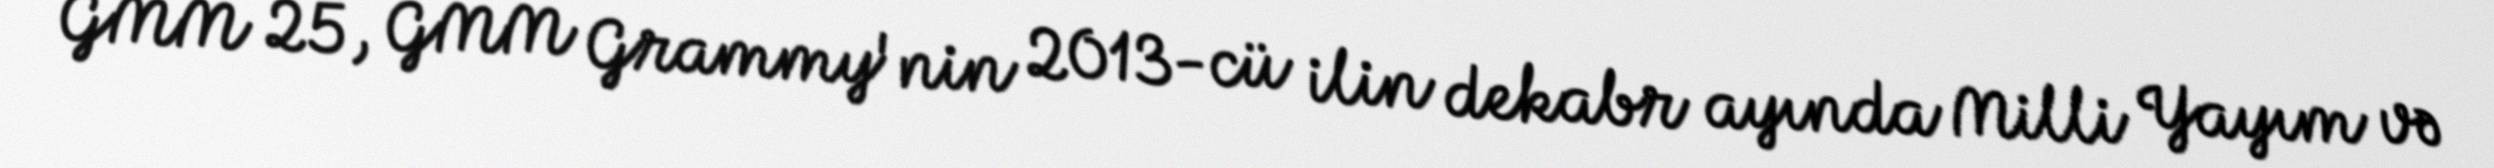
GMM 25, GMM Grammy'nin 2013-cü ilin dekabr ayında Milli Yayım və